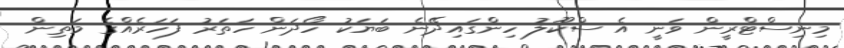
މިނިސްޓްރީން ވަނީ އެ ސްކޫލު ހިންގައިދޭނެ ބަޔަކު ހޯދަން ހަތަރު ފަހަރެއްގެ މަތިން